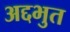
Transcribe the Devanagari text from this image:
अद्दभुत